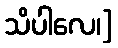
သိပါလေ၊]